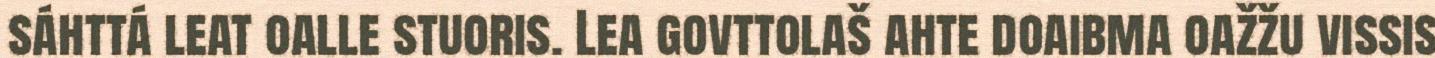
sáhttá leat oalle stuoris. Lea govttolaš ahte doaibma oažžu vissis